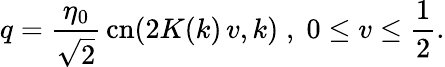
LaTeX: q={\frac{\eta_{0}}{\sqrt 2}}\, \mathrm{cn}(2K(k)\, v,k)\; ,\; 0\leq v\leq\frac{1}{2}.